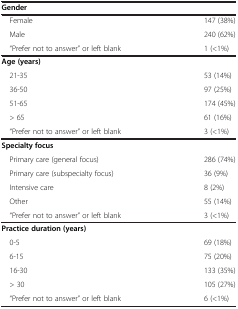
<table><thead><tr><td colspan="2"><b>Gender</b></td></tr></thead><tbody><tr><td> Female</td><td>147 (38%)</td></tr><tr><td> Male</td><td>240 (62%)</td></tr><tr><td> “Prefer not to answer” or left blank</td><td>1 (&lt;1%)</td></tr><tr><td colspan="2"><b>Age (years)</b></td></tr><tr><td> 21-35</td><td>53 (14%)</td></tr><tr><td> 36-50</td><td>97 (25%)</td></tr><tr><td> 51-65</td><td>174 (45%)</td></tr><tr><td> &gt; 65</td><td>61 (16%)</td></tr><tr><td> “Prefer not to answer” or left blank</td><td>3 (&lt;1%)</td></tr><tr><td colspan="2"><b>Specialty focus</b></td></tr><tr><td> Primary care (general focus)</td><td>286 (74%)</td></tr><tr><td> Primary care (subspecialty focus)</td><td>36 (9%)</td></tr><tr><td> Intensive care</td><td>8 (2%)</td></tr><tr><td> Other</td><td>55 (14%)</td></tr><tr><td> “Prefer not to answer” or left blank</td><td>3 (&lt;1%)</td></tr><tr><td colspan="2"><b>Practice duration (years)</b></td></tr><tr><td> 0-5</td><td>69 (18%)</td></tr><tr><td> 6-15</td><td>75 (20%)</td></tr><tr><td> 16-30</td><td>133 (35%)</td></tr><tr><td> &gt; 30</td><td>105 (27%)</td></tr><tr><td> “Prefer not to answer” or left blank</td><td>6 (&lt;1%)</td></tr></tbody></table>